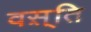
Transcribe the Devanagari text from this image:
वस़्ति